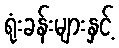
ရုံးခန်းများနှင့်